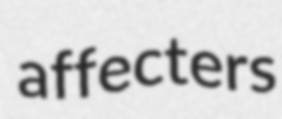
affecters